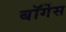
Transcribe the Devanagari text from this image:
बॉर्गेस